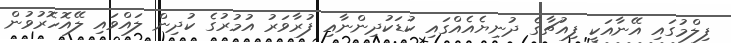
ފިލްމުގައި އޭނާއަކީ ފިއުޗާގެ ދުނިޔެއެއްގައި ކުޑަކުދިންނާއި ފުރާވަރު އުމުރުގެ ކުދިން ލައްވައި ލޭއޮހޮރުވުން